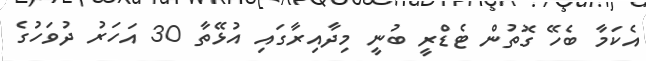
އެކަމާ ބެހޭ ގޮތުން ޓެޑްރީ ބުނީ މިދާއިރާގައި އުޅޭތާ 30 އަހަރު ދުވަހުގެ